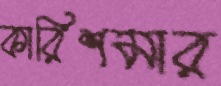
কারিশমার